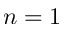
n = 1